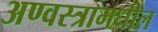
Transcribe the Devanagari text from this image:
अण्वस्त्रामधील